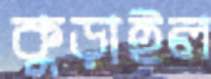
কুড়াইল